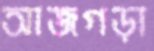
আজগড়া